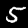
Digit: 5